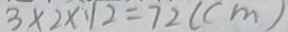
3 \times 2 \times 1 2 = 7 2 ( m )